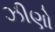
ઝીણો